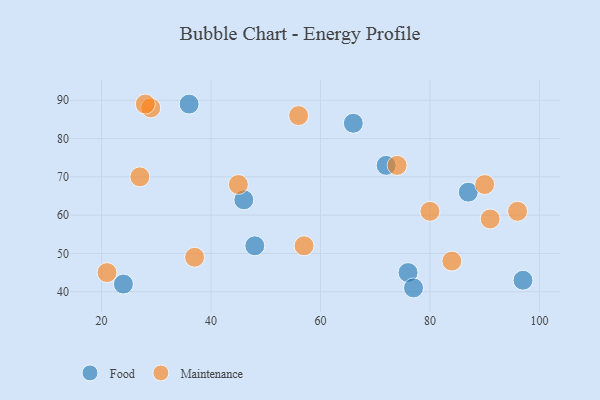
{"axis": {"x": "GDP", "y": "Life Expectancy"}, "legend": ["Food", "Maintenance"], "data": [{"x": "72", "y": 73, "type": "Food"}, {"x": "76", "y": 45, "type": "Food"}, {"x": "87", "y": 66, "type": "Food"}, {"x": "36", "y": 89, "type": "Food"}, {"x": "97", "y": 43, "type": "Food"}, {"x": "24", "y": 42, "type": "Food"}, {"x": "77", "y": 41, "type": "Food"}, {"x": "48", "y": 52, "type": "Food"}, {"x": "66", "y": 84, "type": "Food"}, {"x": "46", "y": 64, "type": "Food"}, {"x": "37", "y": 49, "type": "Maintenance"}, {"x": "84", "y": 48, "type": "Maintenance"}, {"x": "96", "y": 61, "type": "Maintenance"}, {"x": "45", "y": 68, "type": "Maintenance"}, {"x": "90", "y": 68, "type": "Maintenance"}, {"x": "21", "y": 45, "type": "Maintenance"}, {"x": "57", "y": 52, "type": "Maintenance"}, {"x": "74", "y": 73, "type": "Maintenance"}, {"x": "56", "y": 86, "type": "Maintenance"}, {"x": "29", "y": 88, "type": "Maintenance"}, {"x": "91", "y": 59, "type": "Maintenance"}, {"x": "27", "y": 70, "type": "Maintenance"}, {"x": "80", "y": 61, "type": "Maintenance"}, {"x": "28", "y": 89, "type": "Maintenance"}]}